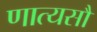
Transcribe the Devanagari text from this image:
णात्यसौ